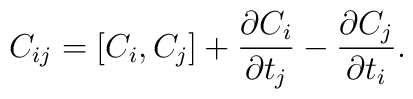
C_{ij} = [C_i, C_j] + \frac{\partial C_i}{\partial t_j} -\frac{\partial C_j}{\partial t_i}.